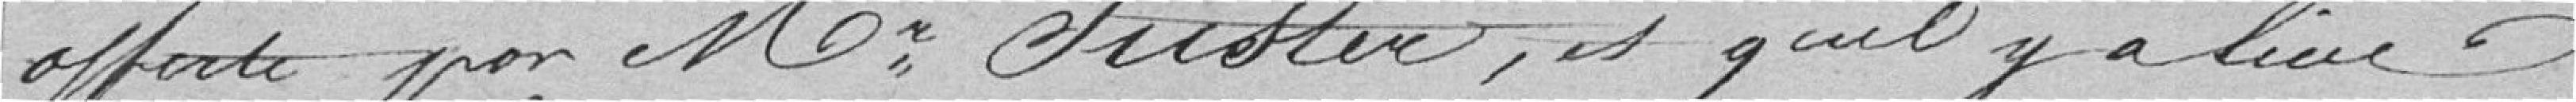
offerte par Monsieur Juster et qu'il y a lieu